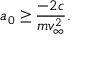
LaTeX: a _ { 0 } \ge \frac { - 2 c } { m v _ { \infty } ^ { 2 } } .